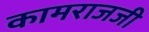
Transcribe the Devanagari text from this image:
कामराजजी